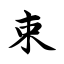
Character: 束